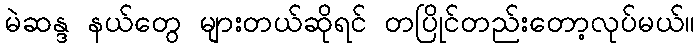
မဲဆန္ဒ နယ်တွေ များတယ်ဆိုရင် တပြိုင်တည်းတော့လုပ်မယ်။